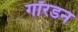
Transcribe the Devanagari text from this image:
गॉरडन